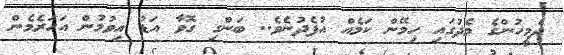
ދެމީހުންގެ މެދުގައި ހިމޭން ކަމެއް އުފެދުނެވެ.. ބަންގި ގޮވާ އަޑު އިވުމުން އަހަރެމެން